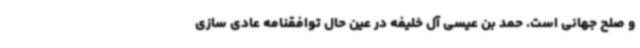
و صلح جهانی است. حمد بن عیسی آل خلیفه در عین حال توافقنامه عادی سازی